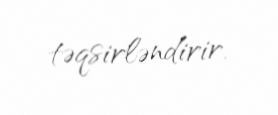
təqsirləndirir.